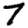
Digit: 7